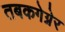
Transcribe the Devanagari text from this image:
तबकगेग्नेर